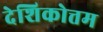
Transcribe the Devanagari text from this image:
देशिकोत्तम